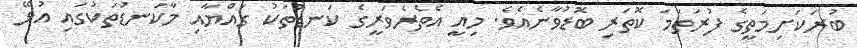
ބުރަކަށިމަތީގެ ފުރަތަމަ ކޮތަރި ބޮޑުވާނެއެވެ. މިއީ އެތެރެވަރީގެ ކަނޑުތަކު ގައްޔާއި މާކަނޑުތަކުގައި އުޅޭ